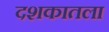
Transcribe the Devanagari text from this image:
दशकातला